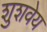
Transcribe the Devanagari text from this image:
शुशवेय